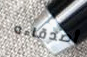
أصدقاءه